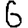
Digit: 6